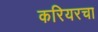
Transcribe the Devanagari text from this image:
करियरचा